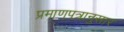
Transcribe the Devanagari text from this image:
प्रमाणपत्रानुसार